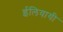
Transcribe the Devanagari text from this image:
ईलियायी